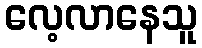
လေ့လာနေသူ